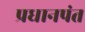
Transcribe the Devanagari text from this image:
प्रधानपंत